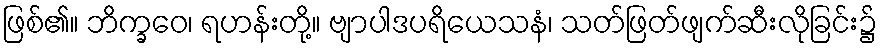
ဖြစ်၏။ ဘိက္ခဝေ၊ ရဟန်းတို့။ ဗျာပါဒပရိယေသနံ၊ သတ်ဖြတ်ဖျက်ဆီးလိုခြင်း၌